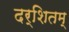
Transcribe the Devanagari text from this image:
दर्शितम्